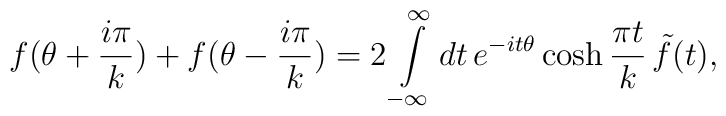
f(\theta+ \frac{i \pi}{k}) + f( \theta - \frac{i \pi}{k}) = 2 \int\limits_{-\infty}^{\infty} dt \, e^{-i t\theta} \cosh \frac{\pi t}{k}\,\tilde{f}(t),